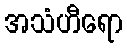
အသံဟီရော